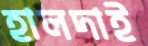
হালদাই